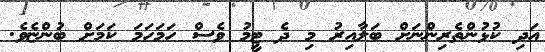
އަދި ކުޅުންތެރިންނަށް ބަލާއިރު މި ދެ ޓީމު ވެސް ހަމަހަމަ ކަމަށް ބުންޏެވެ.